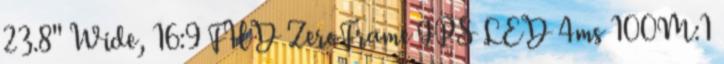
23.8'' Wide, 16:9 FHD ZeroFrame IPS LED 4ms 100M:1